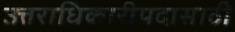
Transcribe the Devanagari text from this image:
उत्तराधिकारीपदासाठी